Plague in India, 1896, 1897 - Volume 2
Year: 1896
Disease focus: Plague
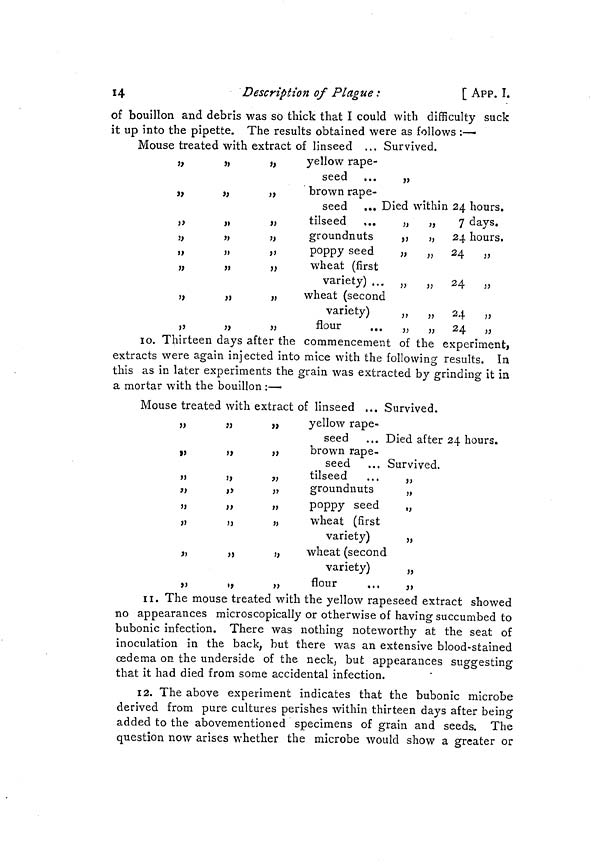
14
Description of Plague :
[ APP. I.
of bouillon and debris was so thick that I could with difficulty suck
it up into the pipette. The results obtained were as follows :—
Mouse treated with extract of linseed ... Survived.
yellow rape-
seed
brown rape-
seed ... Di
tilseed ,..
groundnuts
poppy seed
wheat (first
variety) ...
wheat (second
variety)
flour ...
ed within 24 hours.
7 days.
24 hours.
24 ,,
24 „
24 ,,
24 ,,
10. Thirteen days after the commencement of the experiment,
extracts were again injected into mice with the following results. In
this as in later experiments the grain was extracted by grinding it in
a mortar with the bouillon :—
Mouse treated with extract of linseed ... Survived.
yellow rape-
seed
brown rape-
seed
tilseed
groundnuts
poppy seed
wheat (first
variety)
wheat (second
variety)
flour
.,,
Died after 24 hours.
Survived.
11. The mouse treated with the yellow rapeseed extract showed
no appearances microscopically or otherwise of having succumbed to
bubonic infection. There was nothing noteworthy at the seat of
inoculation in the back, but there was an extensive blood-stained
œdema on the underside of the neck, but appearances suggesting
that it had died from some accidental infection.
12. The above experiment indicates that the bubonic microbe
derived from pure cultures perishes within thirteen days after being
added to the abovementioned specimens of grain and seeds. The
question now arises whether the microbe would show a greater or